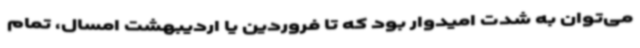
می‌توان به شدت امیدوار بود که تا فروردین یا اردیبهشت امسال، تمام